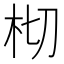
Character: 𣐆